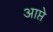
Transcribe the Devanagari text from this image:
आप्ते